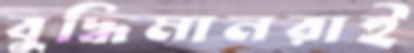
বুদ্ধিমানরাই